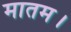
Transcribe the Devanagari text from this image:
मातम।